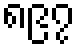
၈၉၇